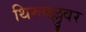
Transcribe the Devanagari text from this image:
थिरुवल्लुवर